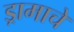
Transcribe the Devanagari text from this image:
ड्रामाचे